Report of the Indian Hemp Drugs Commission, 1894-1895 - Volume VIII
Year: 1894
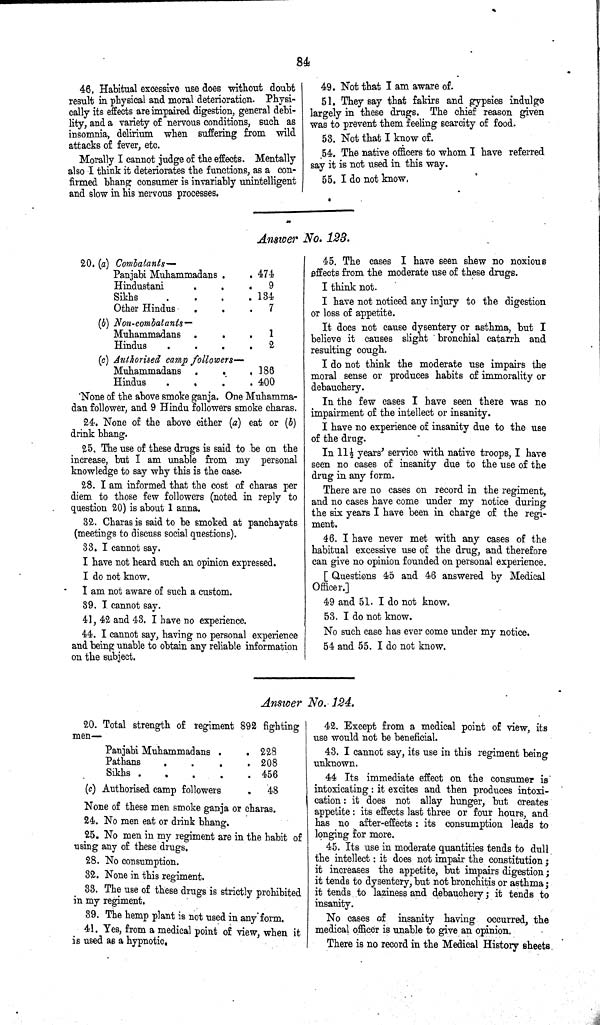
84
46. Habitual excessive use does without doubt
result in physical and moral deterioration. Physi-
cally its effects are impaired digestion, general debi-
lity, and a variety of nervous conditions, such as
insomnia, delirium when suffering from wild
attacks of fever, etc.
Morally I cannot judge of the effects. Mentally
also I think it deteriorates the functions, as a con-
firmed bhang consumer is invariably unintelligent
and slow in his nervous processes.
49. Not that I am aware of.
51. They say that fakirs and gypsies indulge
largely in these drugs. The chief reason given
was to prevent them feeling scarcity of food.
53. Not that I know of.
54. The native officers to whom I have referred
say it is not used in this way.
55. I do not know.
Answer No. 123.
20. (a) Combatants—
Panjabi Muhammadans
474
Hindustani
9
Sikhs
134
Other Hindus
7
(b) Non-combatants —
Muhammadans
1
Hindus
2
(c) Authorised camp followers—
Muhammadans
186
Hindus
400
None of the above smoke ganja. One Muhamma-
dan follower, and 9 Hindu followers smoke charas.
24. None of the above either (a) eat or (b)
drink bhang.
25. The use of these drugs is said to be on the
increase, but I am unable from my personal
knowledge to say why this is the case.
28. I am informed that the cost of charas per
diem to those few followers (noted in reply to
question 20) is about 1 anna.
32. Charas is said to be smoked at panchayats
(meetings to discuss social questions).
33. I cannot say.
I have not heard such an opinion expressed.
I do not know.
I am not aware of such a custom.
39. I cannot say.
41, 42 and 43. I have no experience.
44. I cannot say, having no personal experience
and being unable to obtain any reliable information
on the subject.
45. The cases I have seen shew no noxious
effects from the moderate use of these drugs.
I think not.
I have not noticed any injury to the digestion
or loss of appetite.
It does not cause dysentery or asthma, but I
believe it causes slight bronchial catarrh and
resulting cough.
I do not think the moderate use impairs the
moral sense or produces habits of immorality or
debauchery.
In the few cases I have seen there was no
impairment of the intellect or insanity.
I have no experience of insanity due to the use
of the drug.
In 111/2 years' service with native troops, I have
seen no cases of insanity due to the use of the
drug in any form.
There are no cases on record in the regiment,
and no cases have come under my notice during
the six years I have been in charge of the regi-
ment.
46. I have never met with any cases of the
habitual excessive use of the drug, and therefore
can give no opinion founded on personal experience.
[ Questions 45 and 46 answered by Medical
Officer.]
49 and 51. I do not know.
53. I do not know.
No such case has ever come under my notice.
54 and 55. I do not know.
Answer No. 124.
20. Total strength of regiment 892 fighting
men—
Panjabi Muhammadans
228
Pathans
208
Sikhs
456
(c) Authorised camp followers
48
None of these men smoke ganja or charas.
24. No men eat or drink bhang.
25. No men in my regiment are in the habit of
using any of these drugs.
28. No consumption.
32. None in this regiment.
33. The use of these drugs is strictly prohibited
in my regiment.
39. The hemp plant is not used in any'form.
41. Yes, from a medical point of view, when it
is used as a hypnotic.
42. Except from a medical point of view, its
use would not be beneficial.
43. I cannot say, its use in this regiment being
unknown.
44 Its immediate effect on the consumer is
intoxicating: it excites and then produces intoxi-
cation: it does not allay hunger, but creates
appetite: its effects last three or four hours, and
has no after-effects : its consumption leads to
longing for more.
45. Its use in moderate quantities tends to dull
the intellect : it does not impair the constitution;
it increases the appetite, but impairs digestion;
it tends to dysentery, but not bronchitis or asthma;
it tends to laziness and debauchery; it tends to
insanity.
No cases of insanity having occurred, the
medical officer is unable to give an opinion.
There is no record in the Medical History sheets.